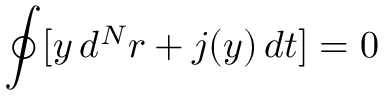
\oint [ y \, d ^ { N } r + j ( y ) \, d t ] = 0